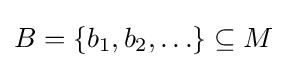
{\textstyle B=\{b_{1},b_{2},\ldots \}\subseteq M}